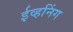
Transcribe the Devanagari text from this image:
ईव्हनिंग